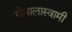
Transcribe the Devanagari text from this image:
गोपालास्वामी